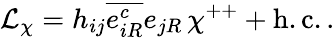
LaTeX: {\cal L}_{\chi}=h_{ij}\overline{{{e_{iR}^{c}}}}e_{jR}\, \chi^{++}+\mathrm{h.c.}\, .